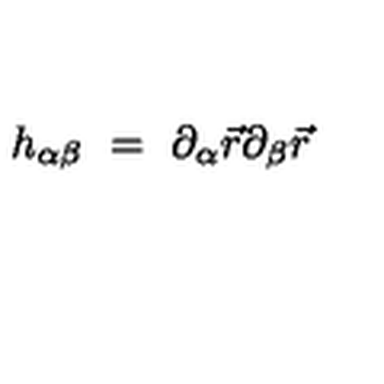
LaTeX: h _ { \alpha \beta } \ = \ \partial _ { \alpha } \vec { r } \partial _ { \beta } \vec { r }